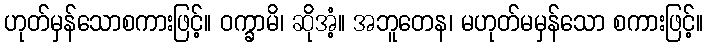
ဟုတ်မှန်သောစကားဖြင့်။ ဝက္ခာမိ၊ ဆိုအံ့။ အဘူတေန၊ မဟုတ်မမှန်သော စကားဖြင့်။